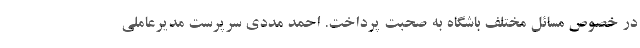
در خصوص مسائل مختلف باشگاه به صحبت پرداخت. احمد مددی سرپرست مدیرعاملی